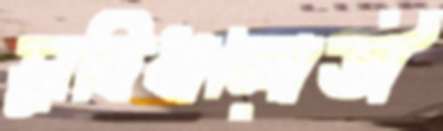
সুবিধালোভী